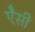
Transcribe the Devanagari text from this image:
ऐेसी